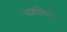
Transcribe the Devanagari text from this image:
मोडालिटी